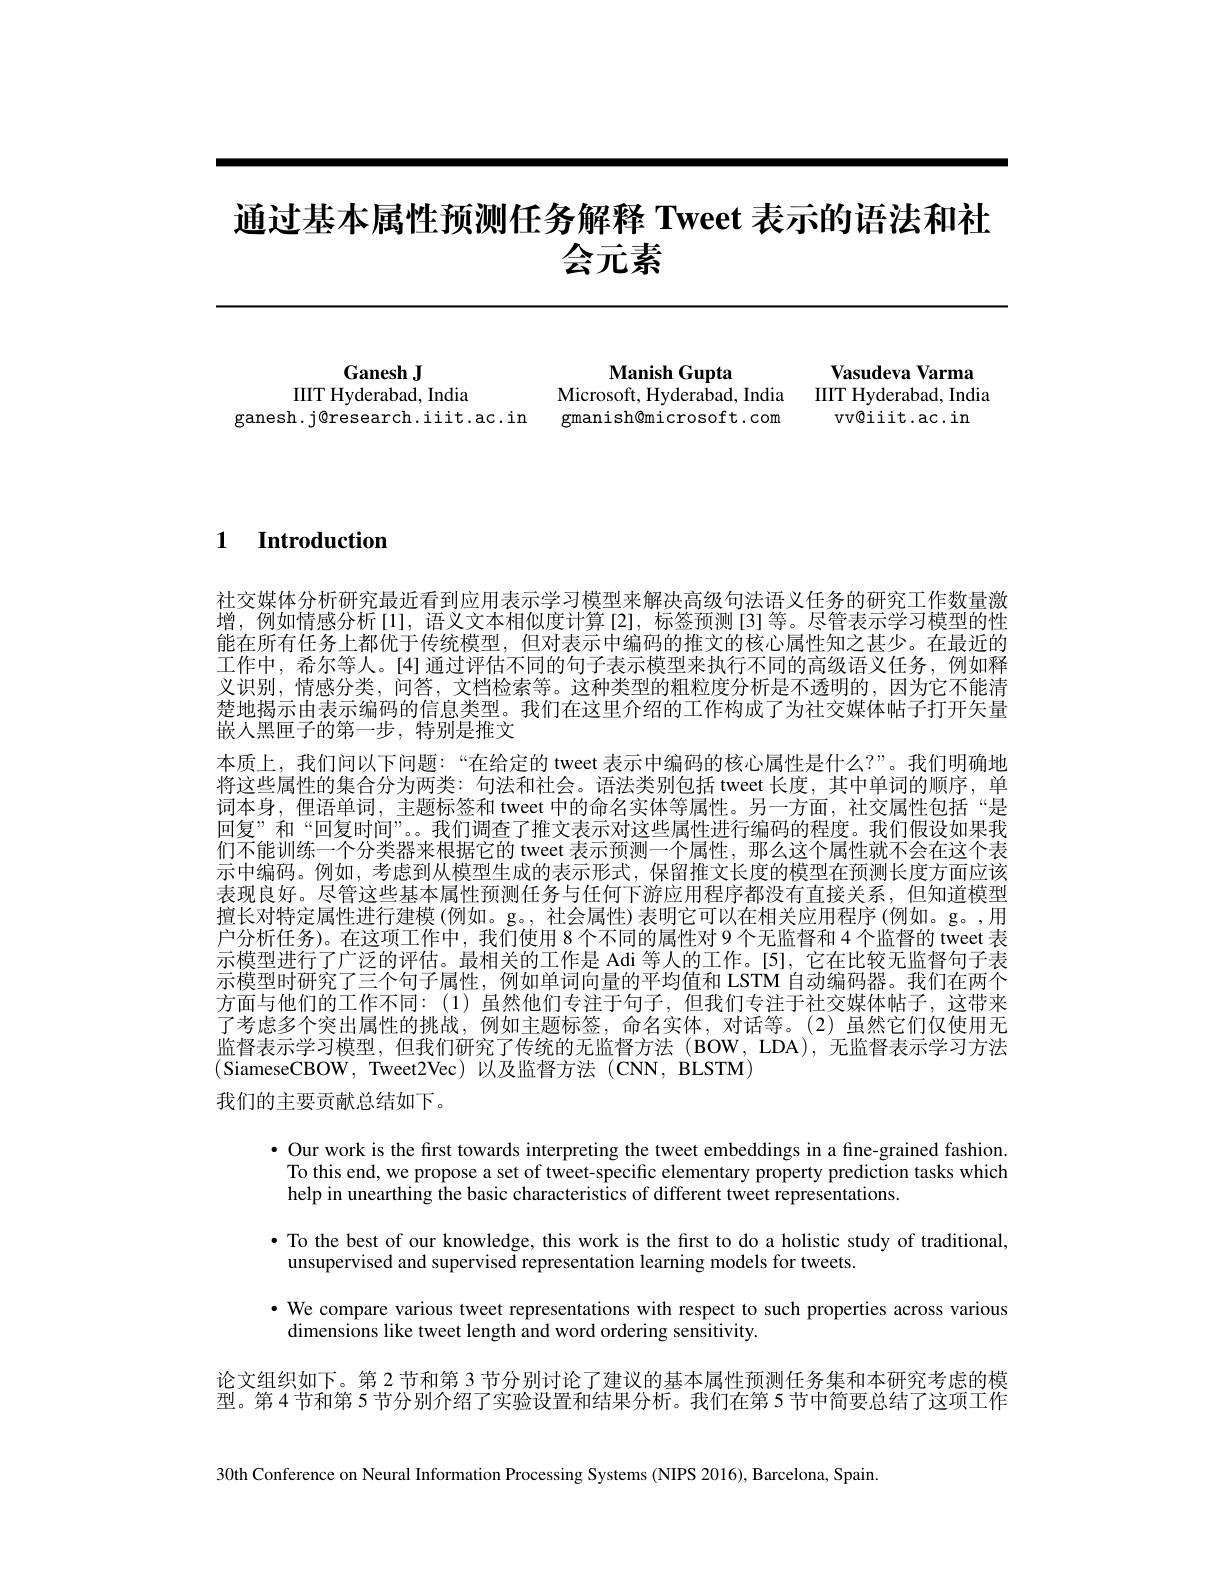
# 通过基本属性预测任务解释 Tweet 表示的语法和社$\vec{\text{会元素}}$

Manish Gupta
Microsoft, Hyderabad, India IIIT Hyderabad, India

Vasudeva Varma

Ganesh J
IIIT Hyderabad, India
ganesh.j@research.iiit.ac.in gmanish@microsoft.com vv@iiit.ac.in

1 Introduction

社交媒体分析研究最近看到应用表示学习模型来解决高级句法语义任务的研究工作数量激增，例如情感分析[1],语义文本相似度计算[2],标签预测[3]等。尽管表示学习模型的性能在所有任务上都优于传统模型，但对表示中编码的推文的核心属性知之甚少。在最近的工作中，希尔等人。[4]通过评估不同的句子表示模型来执行不同的高级语义任务，例如释义识别，情感分类，问答，文档检索等。这种类型的粗粒度分析是不透明的，因为它不能清楚地揭示由表示编码的信息类型。我们在这里介绍的工作构成了为社交媒体帖子打开矢量嵌人黑匣子的第一步，特别是推文
本质上，我们问以下问题：“在给定的 tweet 表示中编码的核心属性是什么？”。我们明确地将这些属性的集合分为两类：句法和社会。语法类别包括 tweet 长度，其中单词的顺序，单词本身，俚语单词，主题标签和 tweet 中的命名实体等属性。另一方面，社交属性包括“是回复”和“回复时间”。。我们调查了推文表示对这些属性进行编码的程度。我们假设如果我们不能训练一个分类器来根据它的 tweet 表示预测一个属性，那么这个属性就不会在这个表示中编码。例如，考虑到从模型生成的表示形式，保留推文长度的模型在预测长度方面应该表现良好。尽管这些基本属性预测任务与任何下游应用程序都没有直接关系，但知道模型擅长对特定属性进行建模(例如。g。, 社会属性)表明它可以在相关应用程序(例如。g。,用户分析任务)。在这项工作中，我们使用 8 个不同的属性对 9 个无监督和 4 个监督的 tweet 表示模型进行了广泛的评估。最相关的工作是 Adi 等人的工作。[5], 它在比较无监督句子表示模型时研究了三个句子属性，例如单词向量的平均值和 LSTM 自动编码器。我们在两个方面与他们的工作不同：(1)虽然他们专注于句子，但我们专注于社交媒体帖子，这带来了考虑多个突出属性的挑战，例如主题标签，命名实体，对话等。(2)虽然它们仅使用无监督表示学习模型，但我们研究了传统的无监督方法(BOW,LDA),无监督表示学习方法(SiameseCBOW,Tweet2Vec)以及监督方法(CNN,BLSTM)
我们的主要贡献总结如下。

$\bullet$ Our work is the fırst towards interpreting the tweet embeddings in a fıne-grained fashion. To this end, we propose a set of tweet-specific elementary property prediction tasks which help in unearthing the basic characteristics of different tweet representations.
· To the best of our knowledge, this work is the first to do a holistic study of traditional,
unsupervised and supervised representation learning models for tweets.
· We compare various tweet representations with respect to such properties across various
dimensions like tweet length and word ordering sensitivity.
论文组织如下。第 2 节和第 3 节分别讨论了建议的基本属性预测任务集和本研究考虑的模型。第 4 节和第 5 节分别介绍了实验设置和结果分析。我们在第 5 节中简要总结了这项工作

30th Conference on Neural Information Processing Systems (NIPS 2016), Barcelona, Spain